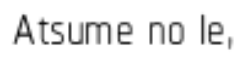
Atsume no Ie,